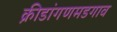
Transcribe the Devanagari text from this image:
क्रीडांगणमडगाव